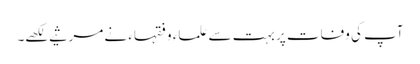
آپ کی وفات پر بہت سے علماء و فقہاء نے مرثیے لکھے۔